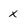
Character: x